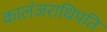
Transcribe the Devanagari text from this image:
कालंजराधिपति